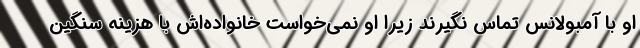
او با آمبولانس تماس نگیرند زیرا او نمی‌خواست خانواده‌اش با هزینه سنگین